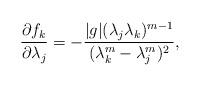
LaTeX: \begin{align*}\frac{\partial f_k}{\partial\lambda_j}=-\frac{|g|(\lambda_j\lambda_k)^{m-1}}{(\lambda_k^m-\lambda_j^m)^2},\end{align*}